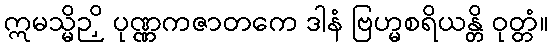
ဣမသ္မိဉှိ ပုဏ္ဏကဇာတကေ ဒါနံ ဗြဟ္မစရိယန္တိ ဝုတ္တံ။